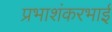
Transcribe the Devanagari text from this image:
प्रभाशंकरभाई